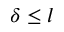
\delta \leq l